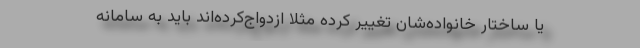
یا ساختار خانواده‌شان تغییر کرده مثلاً ازدواج‌کرده‌اند باید به سامانه